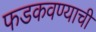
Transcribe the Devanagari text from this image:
फडकवण्याची